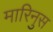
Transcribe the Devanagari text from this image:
मारिनुस